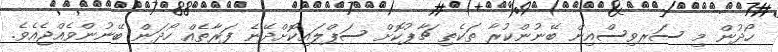
ހޯދުން މި ސަރވިސްއިން ބޭނުންކުރާ ތަކެތި ޗާޕުކޮށް ސަޕްލައިކޮށްދޭނެ ފަރާތެއް ހޯދަން ބޭނުންވެއްޖެއެވެ.